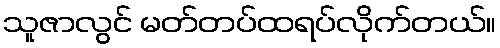
သူဇာလွင် မတ်တပ်ထရပ်လိုက်တယ်။